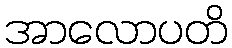
အာလောပတိ